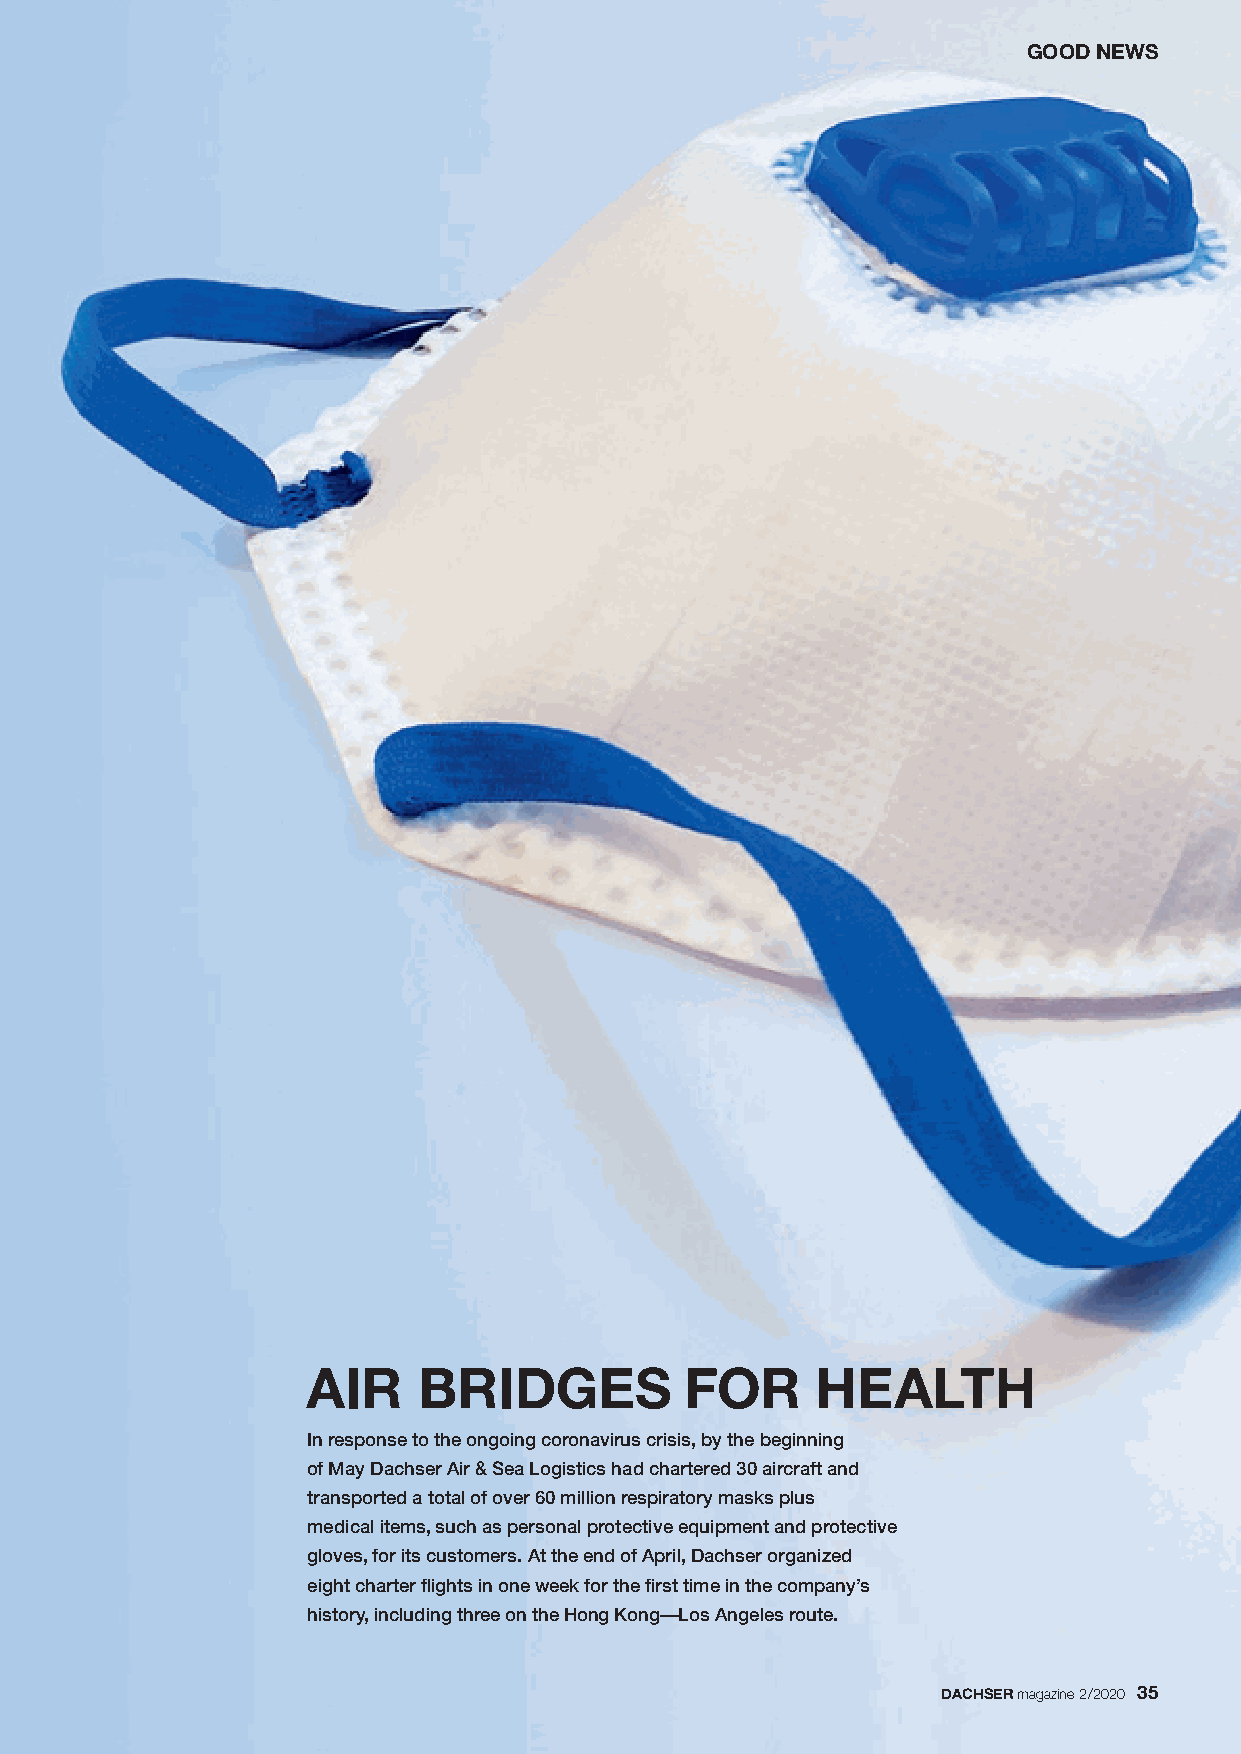
GOOD NEWS
 AIR     BRIDGES          FOR      HEALTH
 In response to the ongoing coronavirus crisis, by the beginning
 of May Dachser Air & Sea Logistics had chartered 30 aircraft and
 transported a total of over 60 million respiratory masks plus
 medical items, such as personal protective equipment and protective
 gloves, for its customers. At the end of April, Dachser organized
 eight charter flights in one week for the first time in the company’s
 history, including three on the Hong Kong—Los Angeles route.
 DACHSERmagazine 2/2020 35